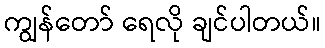
ကျွန်တော် ရေလို ချင်ပါတယ်။